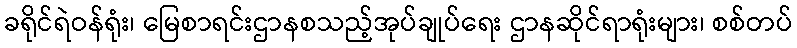
ခရိုင်ရဲဝန်ရုံး၊ မြေစာရင်းဌာနစသည့်အုပ်ချုပ်ရေး ဌာနဆိုင်ရာရုံးများ၊ စစ်တပ်